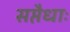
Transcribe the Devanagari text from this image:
सप्तैधाः